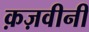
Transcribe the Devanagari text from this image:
क़ज़वीनी